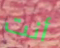
أنت